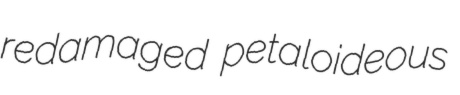
redamaged petaloideous